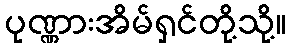
ပုဏ္ဏားအိမ်ရှင်တို့သို့။